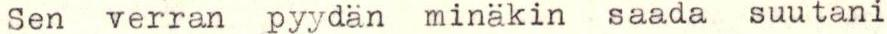
Sen verran pyydän minäkin saada suutani